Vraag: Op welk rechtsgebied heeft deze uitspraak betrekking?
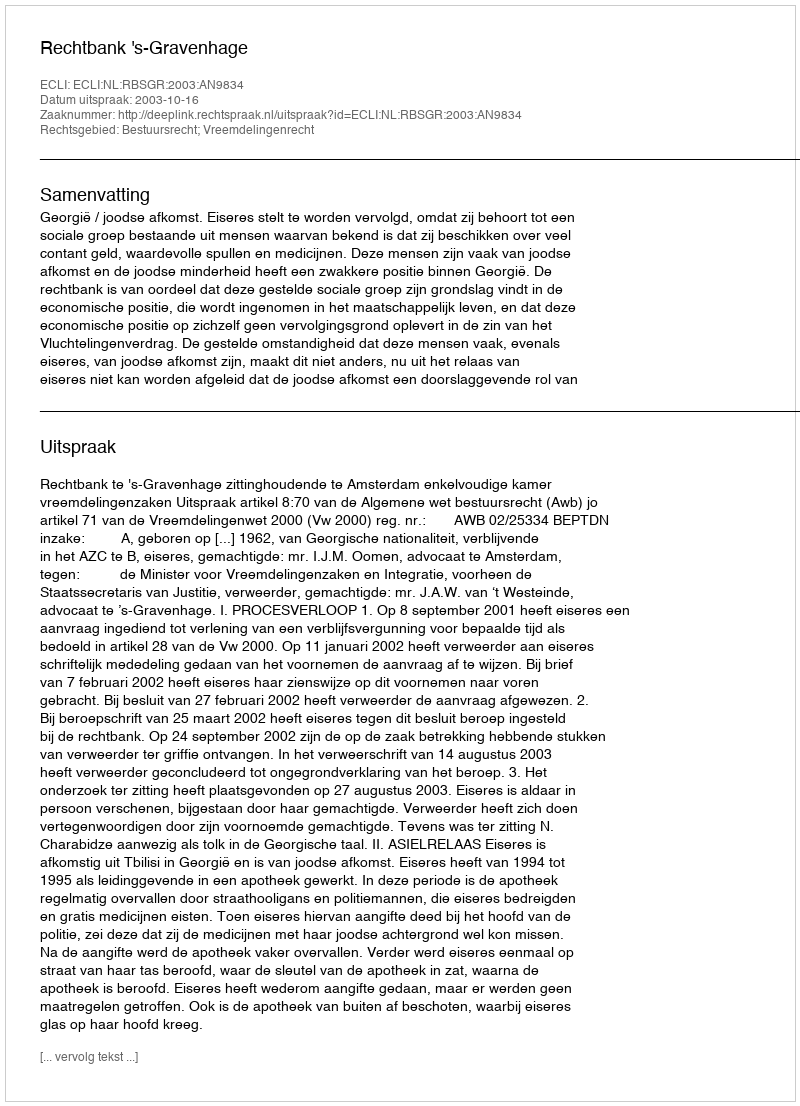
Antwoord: Bestuursrecht; Vreemdelingenrecht